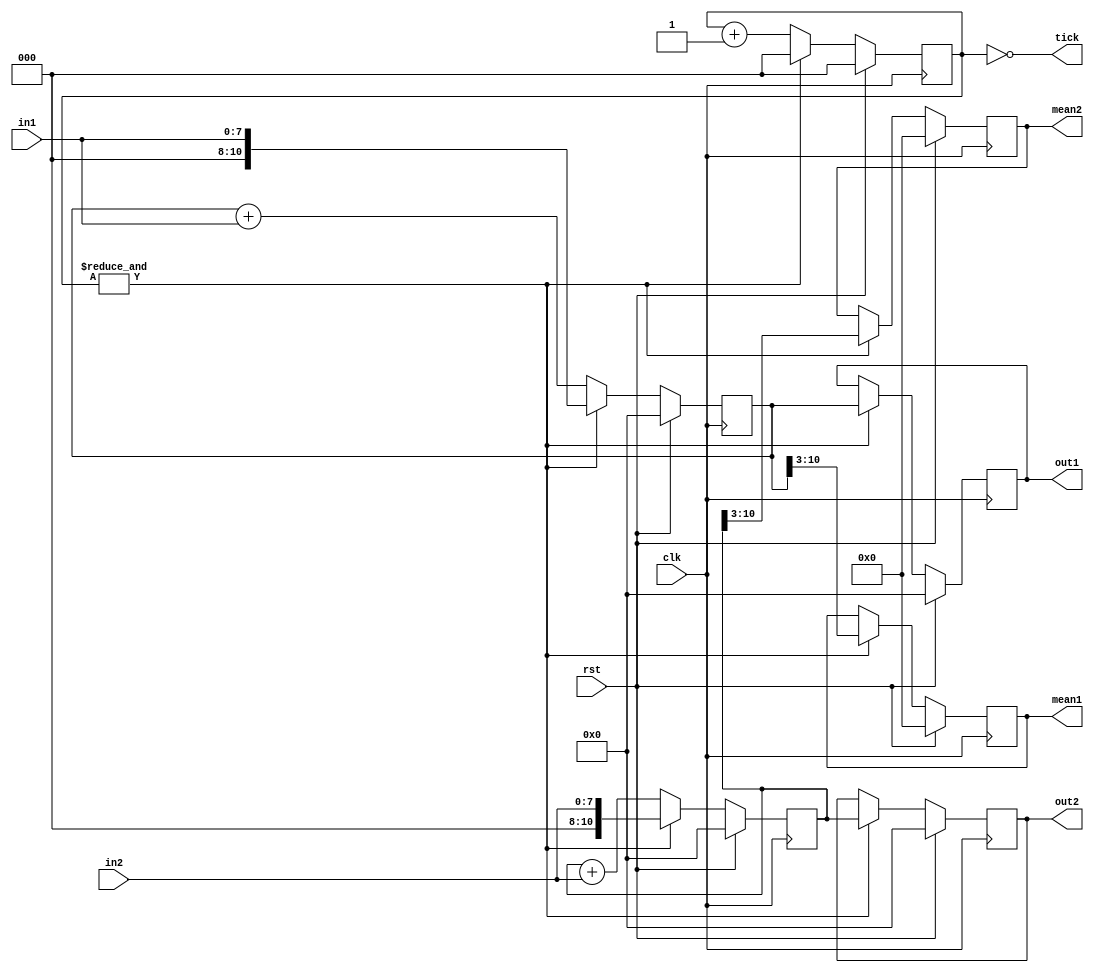
// This program was cloned from: https://github.com/marceluda/rp_lock-in_pid
// License: GNU General Public License v3.0

//////////////////////////////////////////////////////////////////////////////////
//
//
// Keep adding input to memory until clk sums 2**N ticks.
// Then updates the mean and out regs. Out is the sum, mean is the mean of that 2**N values.
//
//
//////////////////////////////////////////////////////////////////////////////////


module sum_2N2
#(parameter R1=8 , R2=8 , N=3)
(
	input  clk, rst, 
	input  wire signed  [R1-1  :0] in1,   // input vl
        output reg  signed  [R1+N-1:0] out1,  // sum  val
        output reg  signed  [R1-1  :0] mean1, // mean val
        input  wire signed  [R2-1  :0] in2,   // input vl
        output reg  signed  [R2+N-1:0] out2,  // sum  val
        output reg  signed  [R2-1  :0] mean2, // mean val
	output wire                    tick  // output tick
);

//signal declaration
reg        [N-1  :0] cnt;
reg        [N-1  :0] cnt_next; 

reg signed [R1-1  :0] mean1_next;
reg signed [R1+N-1:0] sum1, sum1_next, out1_next;

reg signed [R2-1  :0] mean2_next;
reg signed [R2+N-1:0] sum2, sum2_next, out2_next;

wire         state;

localparam  // 2 posible states
        summing     = 1'd0,
        store       = 1'd1;

// body
always @(posedge clk)
	if (rst) begin
                cnt           <=  {N{1'b0}} ;
                mean1         <=  {R1{1'b0}} ;
                sum1          <=  {R1+N{1'b0}} ;
                out1          <=  {R1+N{1'b0}} ;
                mean2         <=  {R2{1'b0}} ;
                sum2          <=  {R2+N{1'b0}} ;
                out2          <=  {R2+N{1'b0}} ;
                
        end
	else begin
		cnt           <=   cnt_next;
                mean1         <=   mean1_next ;
                sum1          <=   sum1_next ;
                out1          <=   out1_next ;
                mean2         <=   mean2_next ;
                sum2          <=   sum2_next ;
                out2          <=   out2_next ;
        end


assign state = &cnt ;

// next-state logic 
always @*
begin
        if(state==1'b0) begin
                cnt_next      = cnt +1'b1  ;
                mean1_next    = mean1;
                sum1_next     = $signed(sum1) + $signed(in1) ;
                out1_next     = out1 ;
                mean2_next    = mean2;
                sum2_next     = $signed(sum2) + $signed(in2) ;
                out2_next     = out2 ;
        end
        else begin
                cnt_next      = {N{1'b0}};
                mean1_next    = $signed(sum1[R1+N-1:N]);
                sum1_next     = $signed( { {N{1'b0}}  , in1 } ) ;
                out1_next     = sum1 ;
                mean2_next    = $signed(sum2[R2+N-1:N]);
                sum2_next     = $signed( { {N{1'b0}}  , in2 } ) ;
                out2_next     = sum2 ;
        end
end


// output logic

assign tick = (cnt=={N{1'b0}}) ;


endmodule